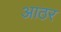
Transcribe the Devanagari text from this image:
आठर